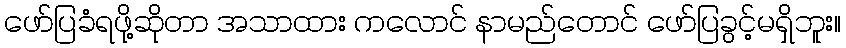
ဖော်ပြခံရဖို့ဆိုတာ အသာထား ကလောင် နာမည်တောင် ဖော်ပြခွင့်မရှိဘူး။